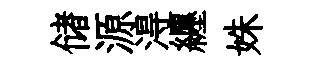
储源淂纒姝